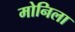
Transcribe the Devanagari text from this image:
मोनिला